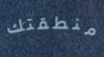
منطقتك